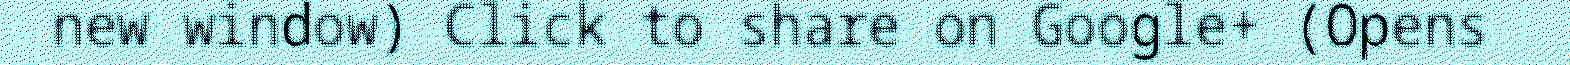
new window) Click to share on Google+ (Opens